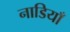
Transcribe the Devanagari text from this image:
नाडियाँ